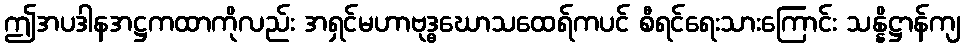
ဤအပဒါနအဋ္ဌကထာကိုလည်း အရှင်မဟာဗုဒ္ဓဃောသထေရ်ကပင် စီရင်ရေးသားကြောင်း သန္နိဋ္ဌာန်ကျ